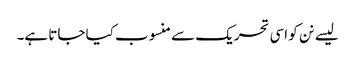
لیسے نن کو اسی تحریک سے منسوب کیا جاتا ہے۔